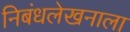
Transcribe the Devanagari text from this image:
निबंधलेखनाला